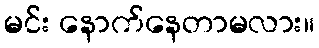
မင်း နောက်နေတာမလား။